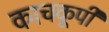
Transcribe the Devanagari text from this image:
काचकूपी